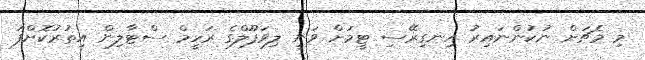
މި މެޗަށް ނުކުންނައިރު އިނގިރޭސި ޓީމަށް ވަނީ ލިވަޕޫލްގެ ރަހީމް ސްޓާލިން އިތުރުކޮށްފަ